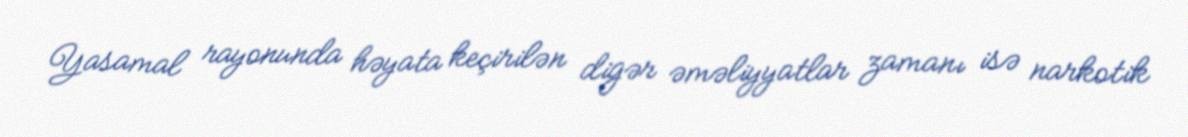
Yasamal rayonunda həyata keçirilən digər əməliyyatlar zamanı isə narkotik